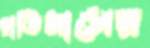
প্রতিমাসের